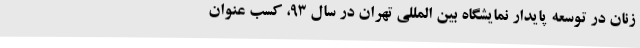
زنان در توسعه پایدار نمایشگاه بین المللی تهران در سال 93، کسب عنوان